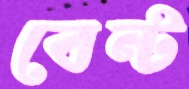
বেন্ট